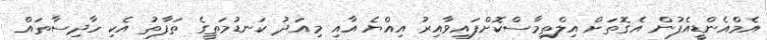
އެމްއެންޑީއެފުން އެގޮތަށް އިލްތިމާސްކޮށްފައިވާއިރު އިއްޔެ އާއި މިއަދު ކަނޑުމަތީގެ ތަފާތު އެކި ހާދިސާތައް